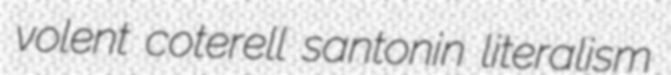
volent coterell santonin literalism